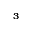
^ { 3 }